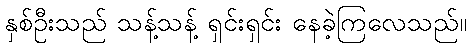
နှစ်ဦးသည် သန့်သန့် ရှင်းရှင်း နေခဲ့ကြလေသည်။